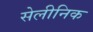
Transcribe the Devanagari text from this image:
सेलीनिक